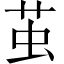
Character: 茧